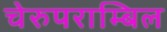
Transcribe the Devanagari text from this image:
चेरुपराम्बिल